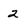
Character: 2